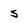
Character: s